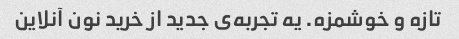
تازه و خوشمزه. یه تجربه‌ی جدید از خرید نون آنلاین